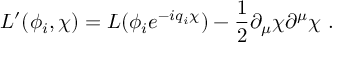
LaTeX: L ^ { \prime } ( \phi _ { i } , \chi ) = L ( \phi _ { i } e ^ { - i q _ { i } \chi } ) - \frac { 1 } { 2 } \partial _ { \mu } \chi \partial ^ { \mu } \chi \ .